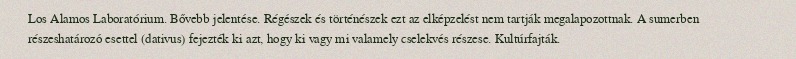
Los Alamos Laboratórium. Bővebb jelentése. Régészek és történészek ezt az elképzelést nem tartják megalapozottnak. A sumerben részeshatározó esettel (dativus) fejezték ki azt, hogy ki vagy mi valamely cselekvés részese. Kultúrfajták.